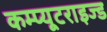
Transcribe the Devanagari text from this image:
कम्प्यूटराइज्ड